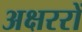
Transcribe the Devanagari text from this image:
अक्षररों